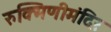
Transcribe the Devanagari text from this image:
रुक्मिणीमंदिर